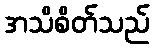
အသိစိတ်သည်